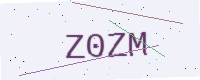
Text: Z0ZM